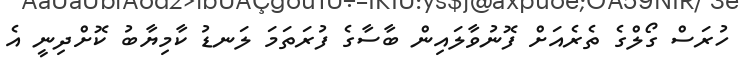
ހުރަސް ގޯލްގެ ތެރެއަށް ފޮނުވާލައިން ބާސާގެ ފުރަތަމަ ލަނޑު ކާމިޔާބު ކޮށްދިނީ އެ